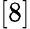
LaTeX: [8]